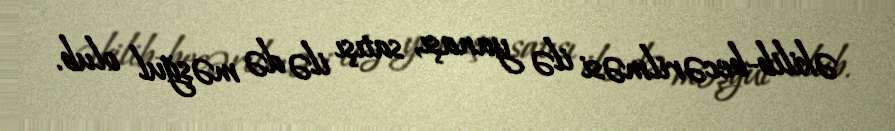
əkilib-becərilməsi ilə yanaşı, satışı ilə də məşğul olub.